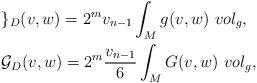
LaTeX: \begin{align*}\begin{aligned}& \mathcal{g}_{D}(v,w) = 2^{m} v_{n-1} \int _{M} g(v,w)~vol_{g},\\& \mathcal{G}_{D}(v,w) = 2^{m} \frac{v_{n-1}}{6} \int _{M} G(v,w)~vol_{g},\end{aligned}\end{align*}